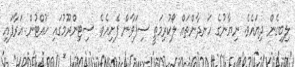
ލިބިގެން ދިޔައެވެ. ނިޔާނުގެ ހަނދާންތައް ލޯކުރިމަތީ ސިފަވާން ފެށިއެވެ. ސިޓިންރޫމުގައި ހުއްޓުން އަރާފައި